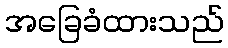
အခြေခံထားသည်